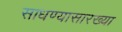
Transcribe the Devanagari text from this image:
साधण्यासारख्या